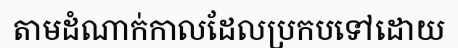
តាមដំណាក់កាលដែលប្រកបទៅដោយ